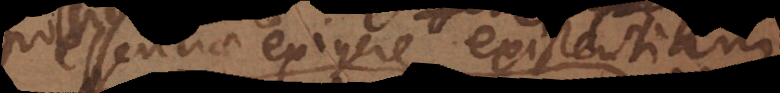
essentiae exigere existentiam.